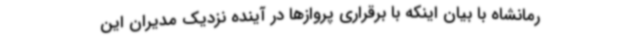
رمانشاه با بیان اینکه با برقراری پروازها در آینده نزدیک مدیران این